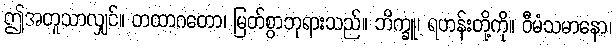
ဤအတူသာလျှင်။ တထာဂတော၊ မြတ်စွာဘုရားသည်။ ဘိက္ခူ၊ ရဟန်းတို့ကို။ ဝီမံသမာနော၊